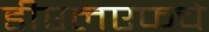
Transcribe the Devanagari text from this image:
डीएलएफचे